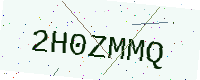
Text: 2H0ZMMQ